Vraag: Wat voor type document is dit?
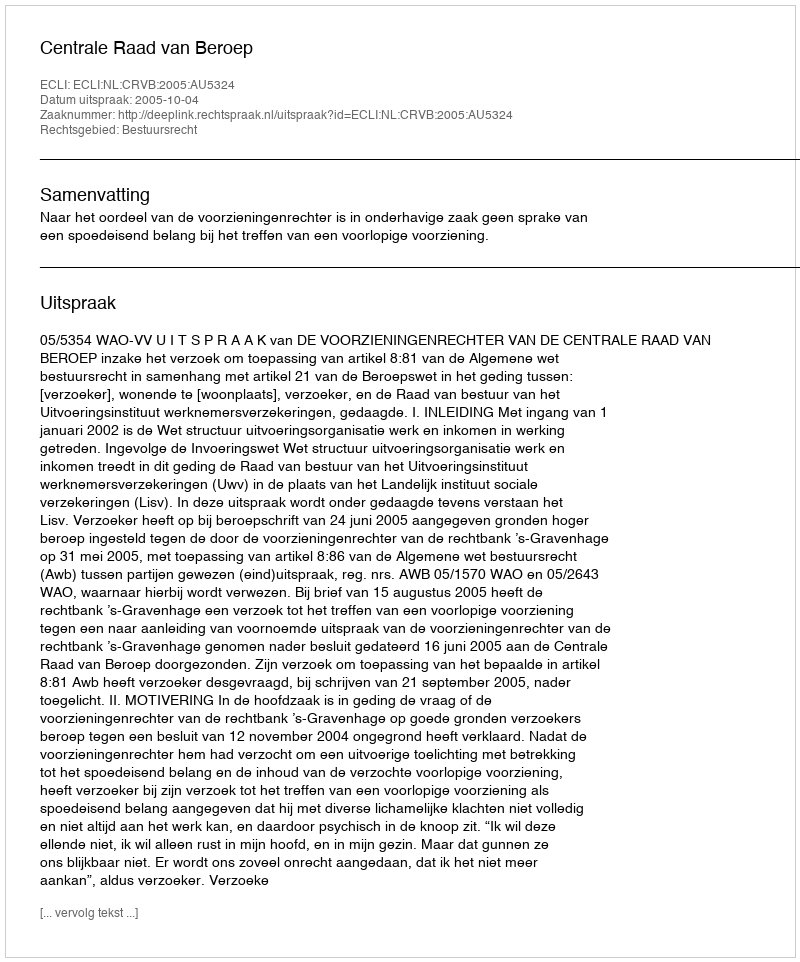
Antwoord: Uitspraak